Leaving Certificate Examination, 1908
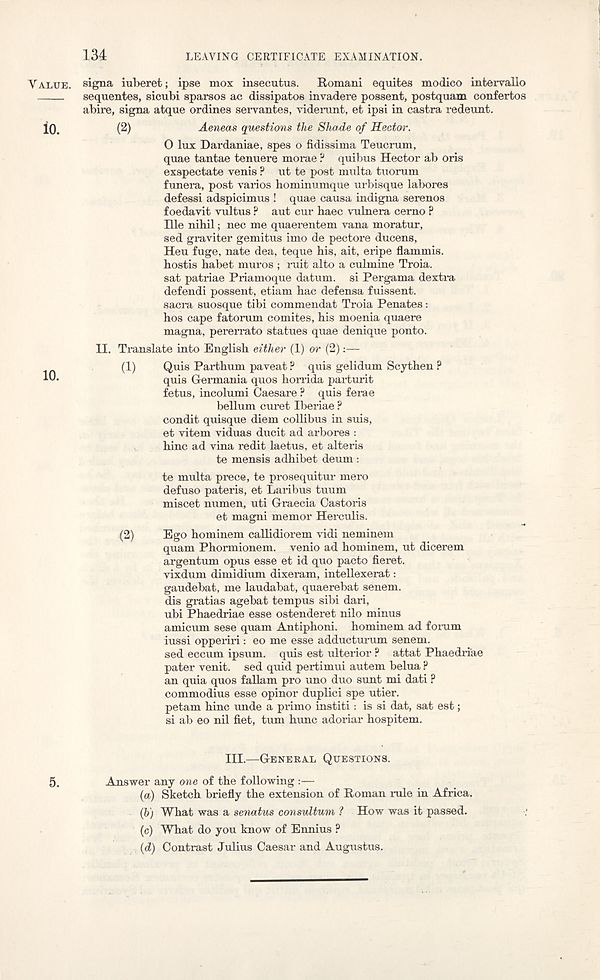
134
LEAVING CERTIFICATE EXAMINATION.
VALUE.
io.
10.
signa iuberet; ipse mox insecutus. Romani equites modico intervallo
sequentes, sicubi sparsos ac dissipates invadere possent, postquam confertos
abire, signa atque ordines sei'vantes, viderunt, et ipsi in castra redeunt.
(2)
Aeneas questions the Shade of Hector.
O lux Dardaniae, spes o fidissima Teucrum,
quae tantae tenuere morae ? quibus Hector ab oris
exspectate venis ? ut te post multa tuorum
funera, post varios hominumque urbisque labores
defessi adspicimus ! quae causa indigna serenos
foedavit vultus ? aut cur baec yulnera cemo P
Hie nihil; nec me quaerentem vana moratur,
sed graviter gemitus imo de pectore ducens,
Heu fuge, nate dea, teque his, ait, eripe flammis.
hostis habet muros ; ruit alto a culmine Troia.
sat patriae Priamoque datum, si Pergama dextra
defendi possent, etiam hac defensa fuissent.
sacra suosque tibi commendat Troia Penates:
hos cape fatorum comites, his moenia quaere
magna, pererrato statues quae denique ponto.
II. Translate into English either (1) or (2)
(1)
Quis Parthum paveat ? quis gelidum Scythen ?
quis Germania quos horrida parturit
fetus, incolumi Caesare ? quis ferae
bellum curet Iberiae ?
condit quisque diem collibus in suis,
et vitem viduas ducit ad arbores :
hinc ad yina redit laetus, et alteris
te mensis adhibet deum:
te multa prece, te prosequitur mero
defuso pateris, et Laribus tuum
miscet numen, uti Graecia Castoris
et magni memor Herculis.
(2)
Ego hominem callidiorem vidi neminem
quam Phormionem. venio ad hominem, ut dicerem
argentum opus esse et id quo pacto fieret.
yixdum dimidium dixeram, intellexerat:
gaudebat, me laudabat, quaerebat senem.
dis gratias agebat tempus sibi dari,
ubi Phaedriae esse ostenderet nilo minus
amicum sese quam Antiphoni. hominem ad forum
iussi opperiri: eo me esse adducturum senem.
sed eccum ipsum. quis est ulterior ? attat Phaedriae
pater yenit. sed quid pertimui autem belua ?
an quia quos fallam pro uno duo sunt mi dati ?
commodius esse opinor duplici spe utier.
petam hinc unde a prime institi: is si dat, sat est;
si ab eo nil fiet, turn hunc adoriar hospitem.
HI.—GENERAL QUESTIONS.
Answer any one of the following :—
(а) Sketch briefly the extension of Roman rule in Africa.
(б) What was a senatus consultum ? How was it passed.
(c) What do you know of Ennius ?
(d) Contrast Julius Caesar and Augustus.